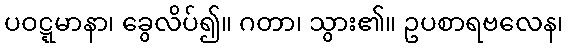
ပဝဋ္ဋမာနာ၊ ခွေလိပ်၍။ ဂတာ၊ သွား၏။ ဥပစာရဗလေန၊